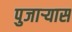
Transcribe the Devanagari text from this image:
पुजार्‍यास